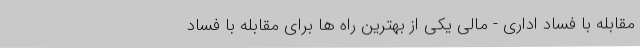
مقابله با فساد اداری - مالی یکی از بهترین راه ها برای مقابله با فساد